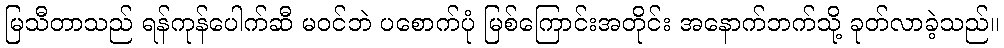
မြသီတာသည် ရန်ကုန်ပေါက်ဆီ မဝင်ဘဲ ပစောက်ပုံ မြစ်ကြောင်းအတိုင်း အနောက်ဘက်သို့ ခုတ်လာခဲ့သည်။